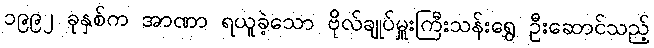
၁၉၉၂ ခုနှစ်က အာဏာ ရယူခဲ့သော ဗိုလ်ချုပ်မှူးကြီးသန်းရွှေ ဦးဆောင်သည့်